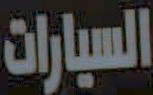
السيارات